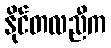
နိုင်တလညီက